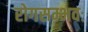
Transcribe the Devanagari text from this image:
रोगसम्भवः